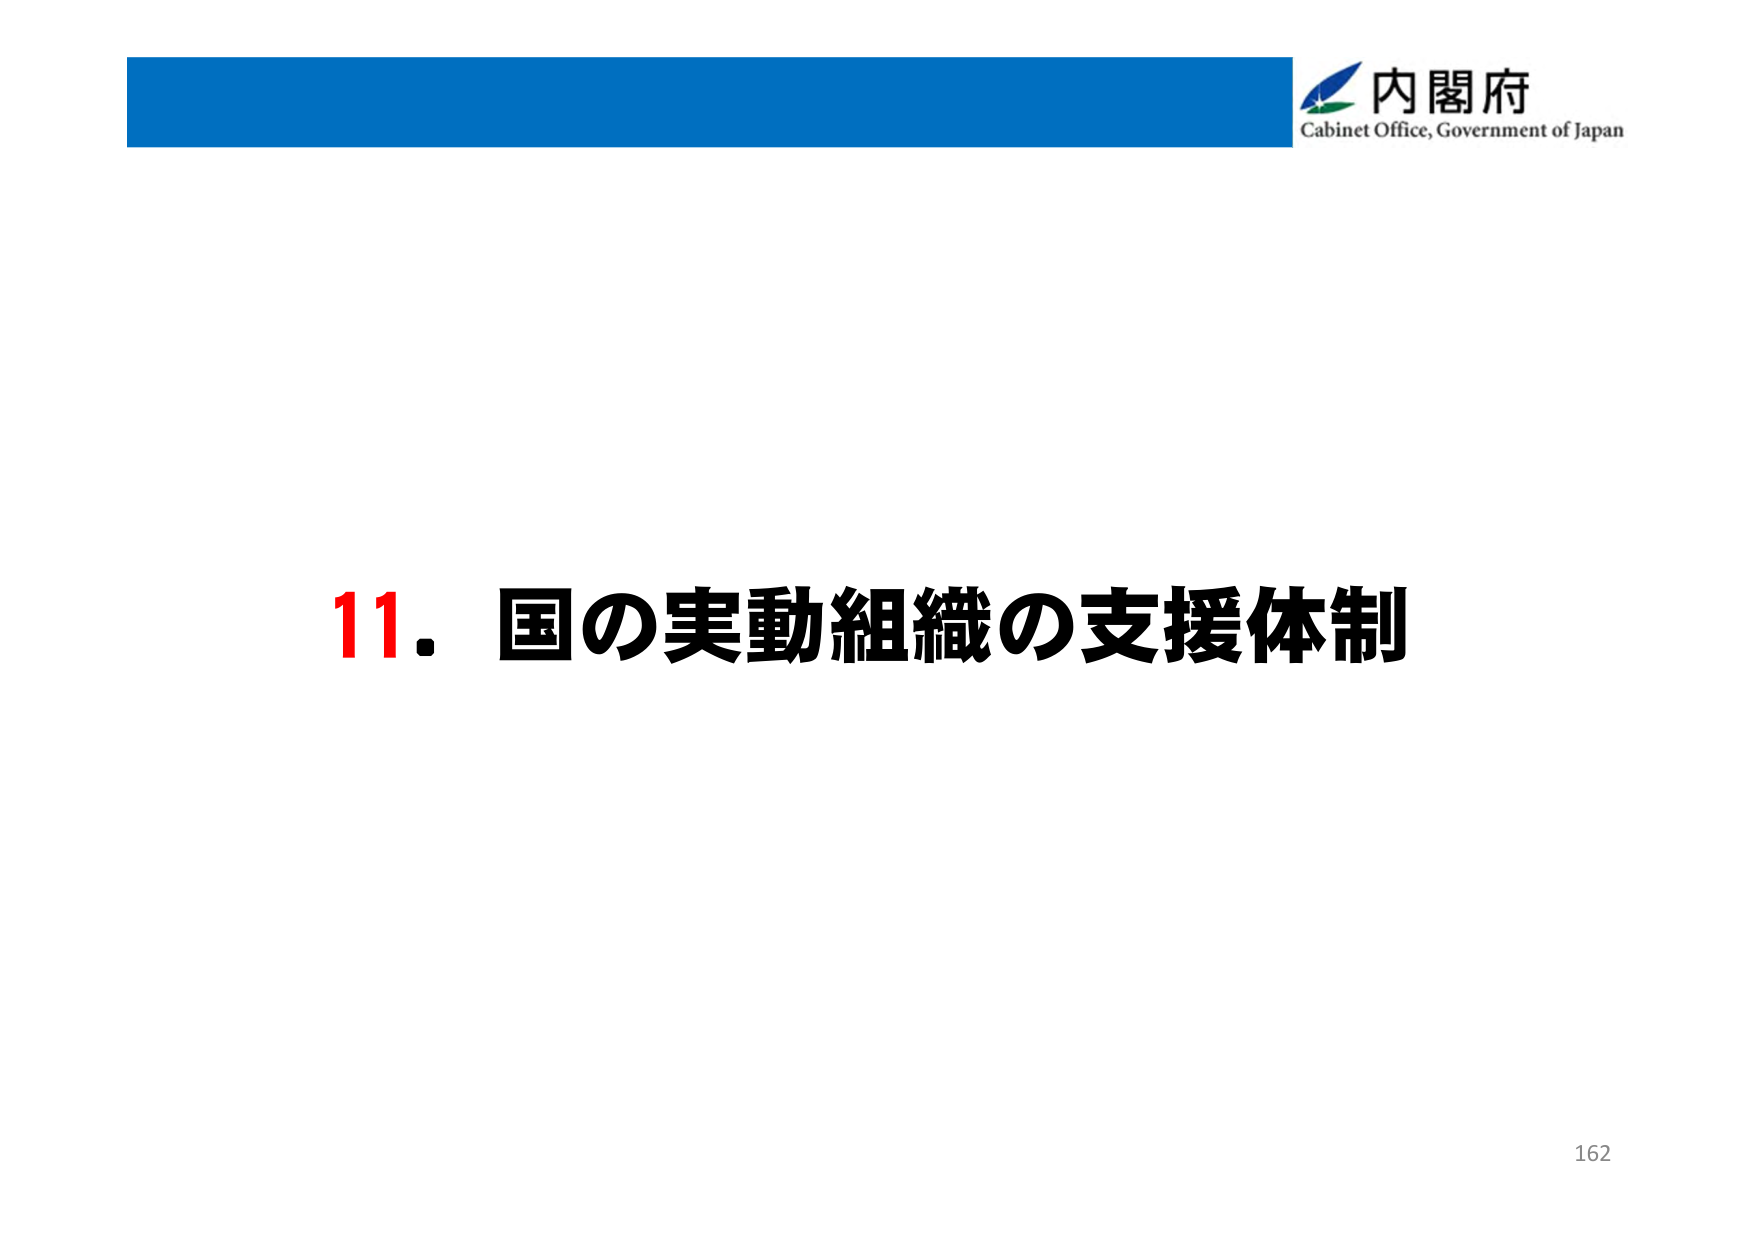
内閣府
Cabinet Office, Government of Japan
11. 国の実動組織の支援体制
162